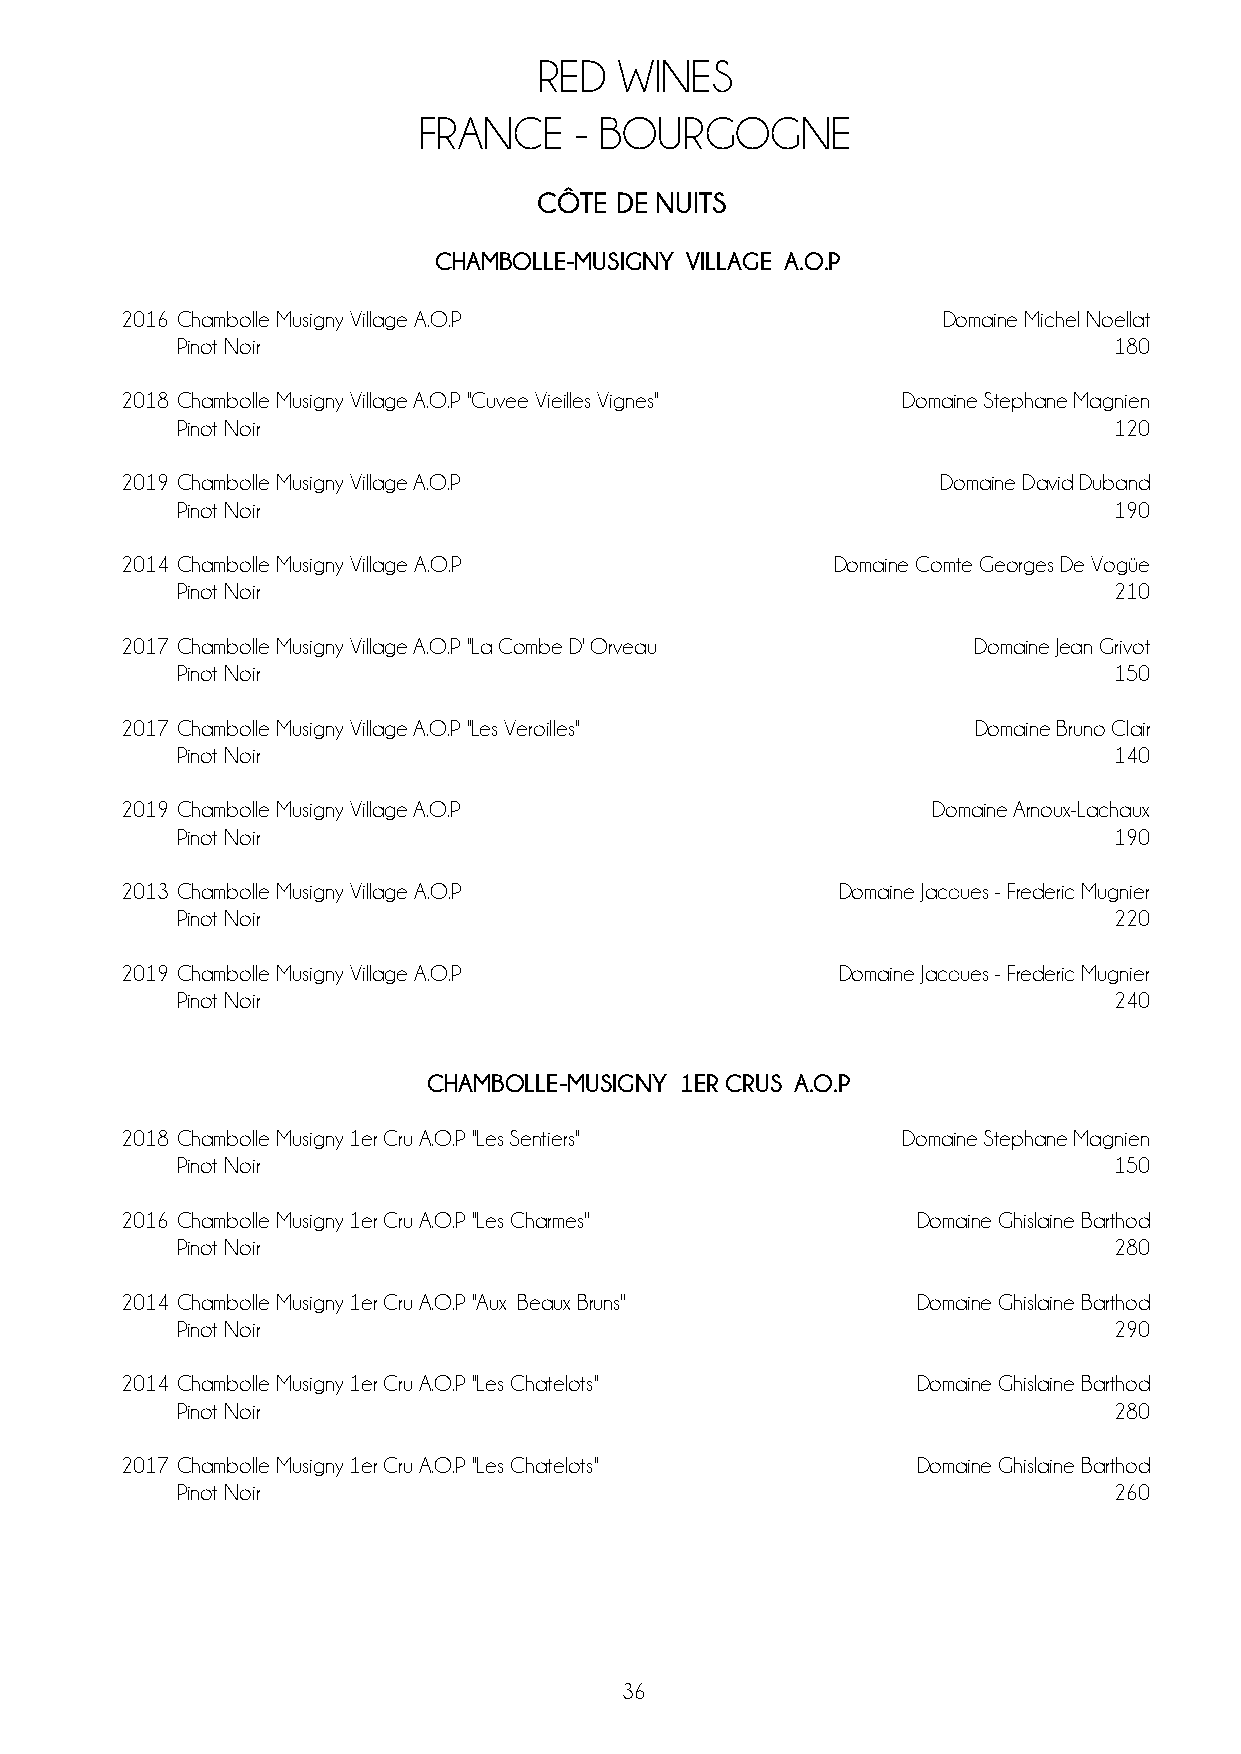
RED  WINES
 FRANCE    - BOURGOGNE
 CÔTE DE NUITS
 CHAMBOLLE-MUSIGNY VILLAGE A.O.P
 2016 Chambolle Musigny Village A.O.P                  Domaine Michel Noellat
 Pinot Noir                                                    180
 2018 Chambolle Musigny Village A.O.P ''Cuvee Vieilles Vignes'' Domaine Stephane Magnien
 Pinot Noir                                                    120
 2019 Chambolle Musigny Village A.O.P                  Domaine David Duband
 Pinot Noir                                                    190
 2014 Chambolle Musigny Village A.O.P           Domaine Comte Georges De Vogüe
 Pinot Noir                                                    210
 2017 Chambolle Musigny Village A.O.P ''La Combe D' Orveau'' Domaine Jean Grivot
 Pinot Noir                                                    150
 2017 Chambolle Musigny Village A.O.P ''Les Veroilles''  Domaine Bruno Clair
 Pinot Noir                                                    140
 2019 Chambolle Musigny Village A.O.P                  Domaine Arnoux-Lachaux
 Pinot Noir                                                    190
 2013 Chambolle Musigny Village A.O.P            Domaine Jacques - Frederic Mugnier
 Pinot Noir                                                    220
 2019 Chambolle Musigny Village A.O.P            Domaine Jacques - Frederic Mugnier
 Pinot Noir                                                    240
 CHAMBOLLE-MUSIGNY 1ER CRUS A.O.P
 2018 Chambolle Musigny 1er Cru A.O.P ''Les Sentiers'' Domaine Stephane Magnien
 Pinot Noir                                                    150
 2016 Chambolle Musigny 1er Cru A.O.P ''Les Charmes'' Domaine Ghislaine Barthod
 Pinot Noir                                                    280
 2014 Chambolle Musigny 1er Cru A.O.P ''Aux Beaux Bruns'' Domaine Ghislaine Barthod
 Pinot Noir                                                    290
 2014 Chambolle Musigny 1er Cru A.O.P ''Les Chatelots'' Domaine Ghislaine Barthod
 Pinot Noir                                                    280
 2017 Chambolle Musigny 1er Cru A.O.P ''Les Chatelots'' Domaine Ghislaine Barthod
 Pinot Noir                                                    260
 36